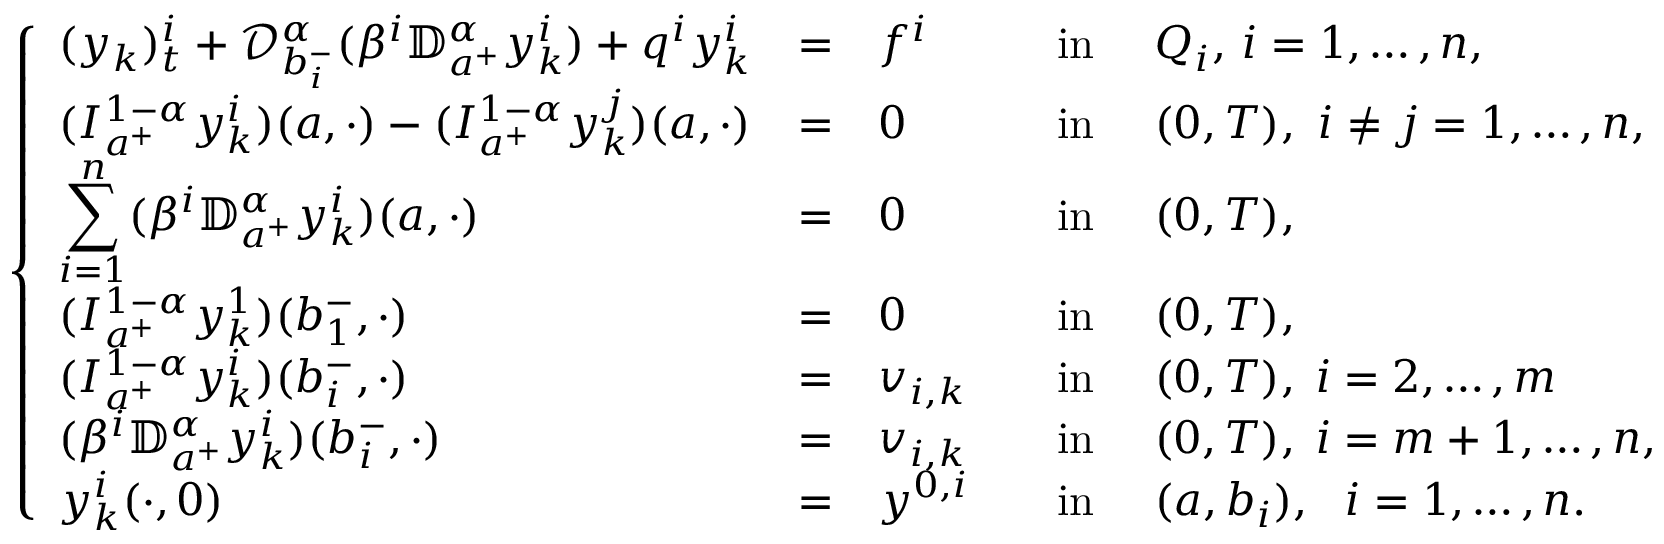
\left\{ \begin{array} { l l l l l l l } { \displaystyle ( y _ { k } ) _ { t } ^ { i } + \mathcal { D } _ { b _ { i } ^ { - } } ^ { \alpha } ( \beta ^ { i } \mathbb { D } _ { a ^ { + } } ^ { \alpha } y _ { k } ^ { i } ) + q ^ { i } y _ { k } ^ { i } } & { = } & { f ^ { i } \, \, } & { \mathrm { i n } } & { ~ Q _ { i } , \, i = 1 , \dots , n , } \\ { \displaystyle ( I _ { a ^ { + } } ^ { 1 - \alpha } y _ { k } ^ { i } ) ( a , \cdot ) - ( I _ { a ^ { + } } ^ { 1 - \alpha } y _ { k } ^ { j } ) ( a , \cdot ) } & { = } & { 0 } & { \mathrm { i n } } & { ~ ( 0 , T ) , ~ i \neq j = 1 , \dots , n , } \\ { \displaystyle \sum _ { i = 1 } ^ { n } ( \beta ^ { i } \mathbb { D } _ { a ^ { + } } ^ { \alpha } y _ { k } ^ { i } ) ( a , \cdot ) } & { = } & { 0 ~ ~ ~ ~ } & { \mathrm { i n } } & { ~ ( 0 , T ) , } \\ { \displaystyle ( I _ { a ^ { + } } ^ { 1 - \alpha } y _ { k } ^ { 1 } ) ( b _ { 1 } ^ { - } , \cdot ) } & { = } & { 0 ~ ~ ~ ~ } & { \mathrm { i n } } & { ~ ( 0 , T ) , } \\ { \displaystyle ( I _ { a ^ { + } } ^ { 1 - \alpha } y _ { k } ^ { i } ) ( b _ { i } ^ { - } , \cdot ) } & { = } & { v _ { i , k } ~ ~ ~ } & { \mathrm { i n } } & { ~ ( 0 , T ) , \; i = 2 , \dots , m } \\ { \displaystyle ( \beta ^ { i } \mathbb { D } _ { a ^ { + } } ^ { \alpha } y _ { k } ^ { i } ) ( b _ { i } ^ { - } , \cdot ) } & { = } & { v _ { i , k } ~ ~ ~ } & { \mathrm { i n } } & { ~ ( 0 , T ) , \; i = m + 1 , \dots , n , } \\ { \displaystyle y _ { k } ^ { i } ( \cdot , 0 ) } & { = } & { y ^ { 0 , i } ~ } & { \mathrm { i n } } & { ~ ( a , b _ { i } ) , ~ ~ i = 1 , \dots , n . } \end{array} \right.